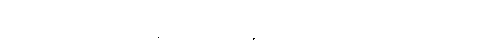
မယ်ကင်းကိုယ်တိုင် ဘုရားဆုပန်သူဖြစ်လို့ သူ့ကို ဆရာကင်း၊ ဆရာကြီး စတဲ့ အမျိုးသား